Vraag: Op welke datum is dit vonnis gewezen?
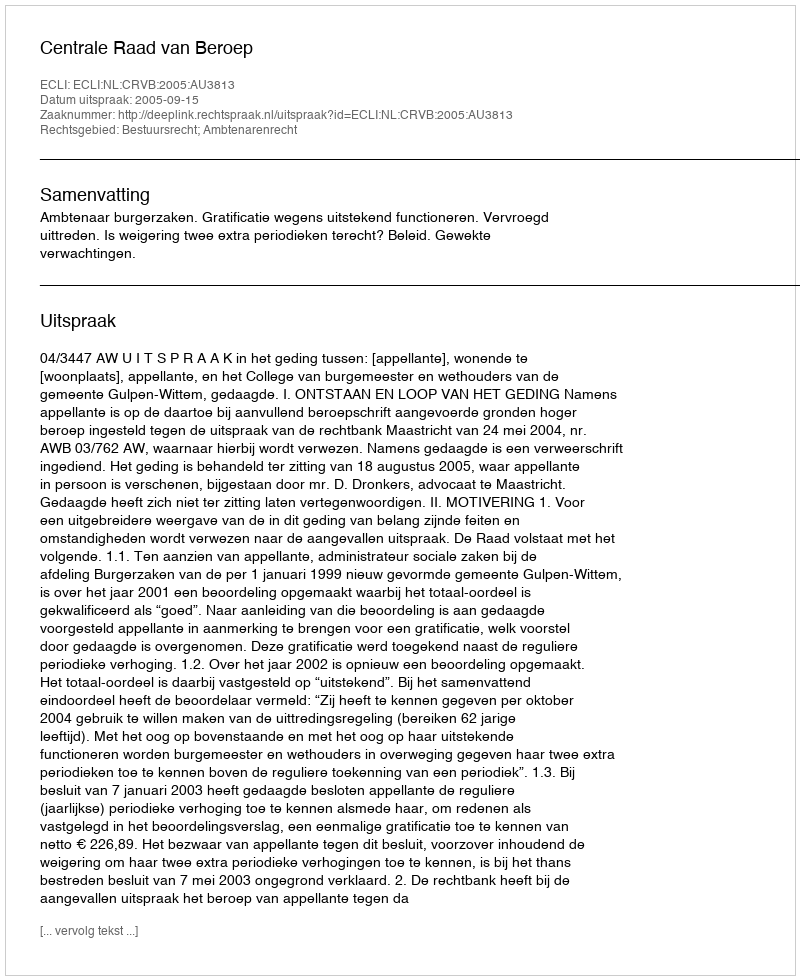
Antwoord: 2005-09-15